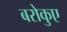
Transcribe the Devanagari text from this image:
बरोकुए